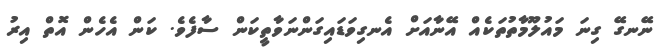
ނޭނގޭ ގިނަ މައުލޫމާތުތަކެއް އޭނާއަށް އެނގިވަޑައިގަންނަވާތީކަން ސާފެވެ. ކަން އެހެން އޮތް އިރު